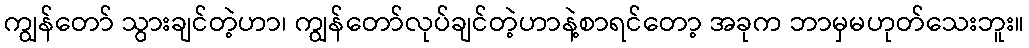
ကျွန်တော် သွားချင်တဲ့ဟာ၊ ကျွန်တော်လုပ်ချင်တဲ့ဟာနဲ့စာရင်တော့ အခုက ဘာမှမဟုတ်သေးဘူး။